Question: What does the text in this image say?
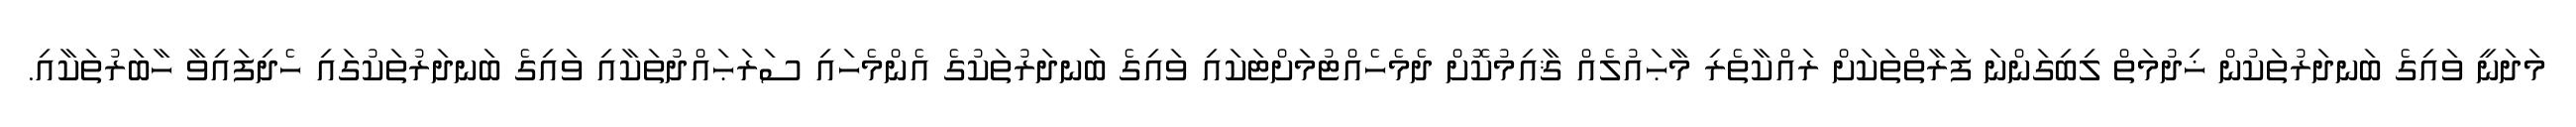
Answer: މަދަނީ ވައިގެ ބަނދަރުތަކުން ޚިދުމަތް ލިބިގަންނަ ފަރާތްތަކަށް ރައްކާތެރި މާޙައުލެއް ޤާއިމުކޮށް ދެމެހެއްޓުމަށްޓަކައި ވައިގެ ބަނދަރުތަކުގެ އެންމެހައި ސަރަޙައްދުތަކާއި ވައިގެ ބަނދަރުތަކުގައި ހެދިފައިވާ ހާބަރުތަކާއި.